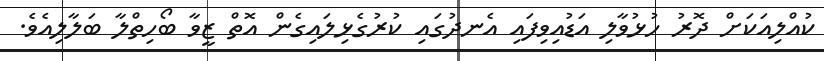
ކުއްލިއަކަށް ދޮރު ހުޅުވާލި އަޑުއިވިފައި އެނދުގައި ކުރުގެޅިލައިގެން އޮތް ޒީވާ ބޯހިތްލާ ބަލާލިއެވެ.